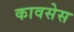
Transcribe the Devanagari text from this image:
कावसेस